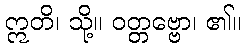
ဣတိ၊ သို့။ ဝတ္တဗ္ဗော၊ ၏။